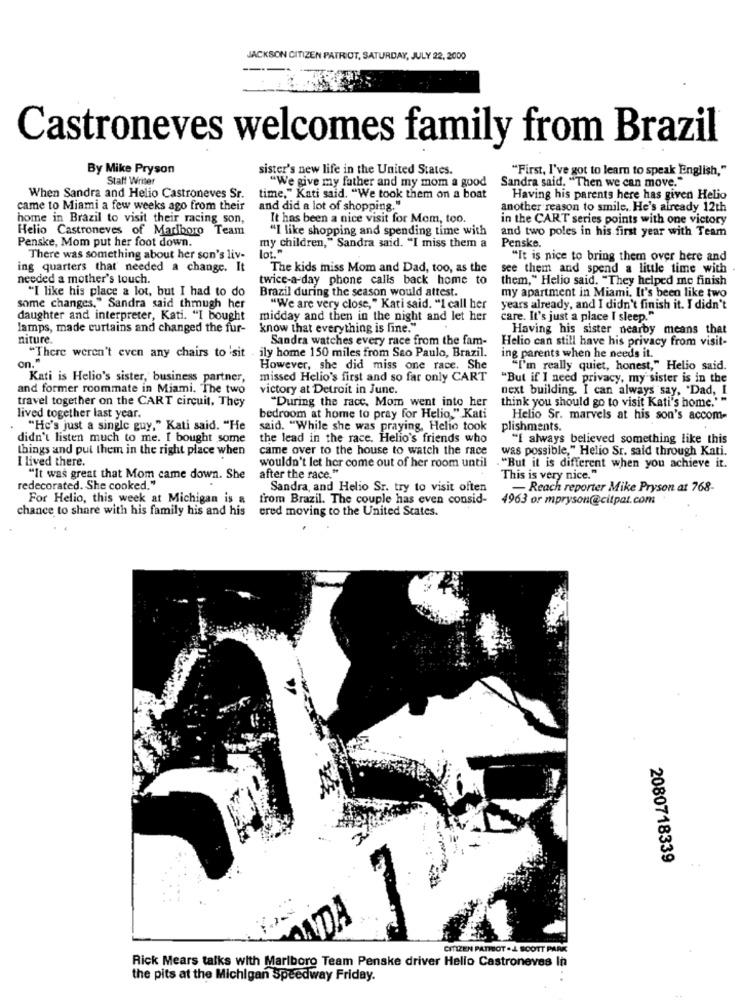
JACKSON CITIZEN PATRIOT, SATURDAY, JULY 22, 2000
Castroneves welcomes family from Brazil
By Mike Pryson
sister's new life in the United States.
"First, I've got to learn to speak English,"
Staff Writer
"We give my father and my mom a good
Sandra said. "Then we can move."
When Sandra and Helio Castroneves Sr.
time," Kati said. "We took them on a boat
Having his parents here has given Helio
came to Miami a few weeks ago from their
and did a lot of shopping."
another reason to smile. He's already 12th
home in Brazil to visit their racing son,
It has been a nice visit for Mom, too.
in the CART series points with one victory
Helio Castroneves of Marlboro Team
"I like shopping and spending time with
and two poles in his first year with Team
Penske, Mom put her foot down.
lot."
my children," Sandra said. "I miss them a
Penske.
There was something about her son's liv-
"It is nice to bring them over here and
ing quarters that' needed a change. It
The kids miss Mom and Dad, too, as the
see them and spend a little time with
needed a mother's touch
twice-a-day phone calls back home to
them," Helio said. "They helped me finish
"I like his place a lot, but I had to do
Brazil during the season would attest.
my apartment in Miami. It's been like two
some changes," Sandra said thmugh her
"We are very close," Kati said. "I call her
years already, and I didn't finish it. I didn't
daughter and interpreter, Kati. "I bought
midday and then in the night and let her
care. It's just a place I sleep."
lamps, made curtains and changed the fur-
know that everything is fine."
Having his sister nearby means that
niture.
Sandra watches every race from the fam-
Helio can still have his privacy from visit-
on."
"There weren't even any chairs to 'sit . ily home 150 miles from Sao Paulo, Brazil.
ing parents when he needs it.
However, she did miss one race. She
"I'm really quiet, honest," Helio said.
Kati is Helio's sister, business partner,
missed Helio's first and so far only CART
"But if I need privacy, my sister is in the
and former roommate in Miami. The two
victory at Detroit in June.
next building. I can always say, "Dad, I
travel together on the CART circuit, They
"During the race, Mom went into her
think you should go to visit Kati's home.'
lived together last year.
bedroom at home to pray for Helio," Kati
Helio Sr. marvels at his son's accom-
"He's just a single guy," Kati said. "He
said. "While she was praying, Helio took
plishments.
didn't listen much to me. I bought some
the lead in the race. Helio's friends who
"I always believed something like this
things and put them in the right place when
came over to the house to watch the race
was possible," Helio Sr. said through Kati.
I lived there.
wouldn't let her come out of her room until
"But it is different when you achieve it.
"It was great that Mom came down. She
after the race."
This is very nice."
redecorated. She cooked."
Sandra, and Helio Sr. try to visit often
- Reach reporter Mike Pryson at 768-
For Helio, this week at Michigan is a
from Brazil. The couple has even consid-
4963 or mpryson@citpat.com
chance to share with his family his and his
ered moving to the United States.
2080718339
AIDA
CITIZEN PATMOT .L SCOTT PARK
Rick Mears talks with Marlboro Team Penske driver Hello Castroneves In
the pits at the Michigan Speedway Friday.